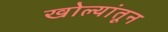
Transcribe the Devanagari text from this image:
खोल्यांतून